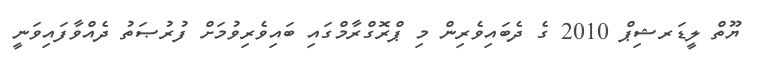
ޔޫތް ލީޑަރޝިޕް 2010 ގެ ދެބައިވެރިން މި ޕްރޮގްރާމްގައި ބައިވެރިވުމަށް ފުރުޞަތު ދެއްވާފައިވަނީ